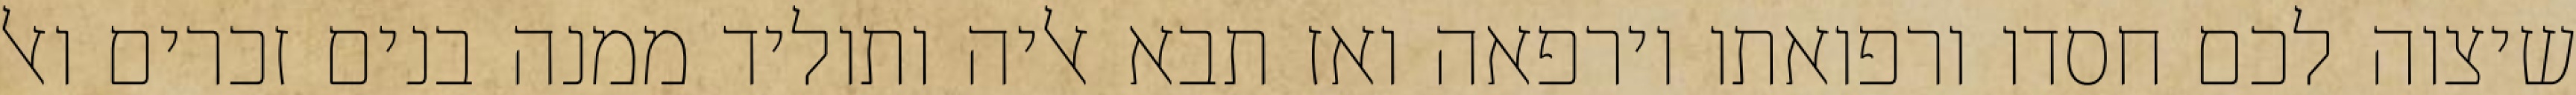
שיצוה לכם חסדו ורפואתו וירפאה ואז תבא אליה ותוליד ממנה בנים זכרים ואל